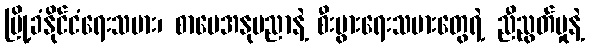
မြို့ခံနိုင်ငံရေးသမား၊ စာပေအနုပညာနဲ့ စီးပွားရေးသမားတွေရဲ့ ညီညွတ်မှုနဲ့